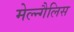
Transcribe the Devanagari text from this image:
मेल्न्गैलिस